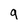
Character: q